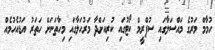
ހުމާމް މަރުގެ މައްސަލާގައި ސުޕްރީމް ކޯޓުގައި ކުރިއަށްދާ މަރުހަލާގައި މިހާތަނަށް ހަތަރު އަޑުއެހުމެއް